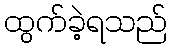
ထွက်ခဲ့ရသည်